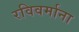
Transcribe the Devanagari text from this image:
रविवर्माना